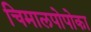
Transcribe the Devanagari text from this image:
चिमालपोपोका